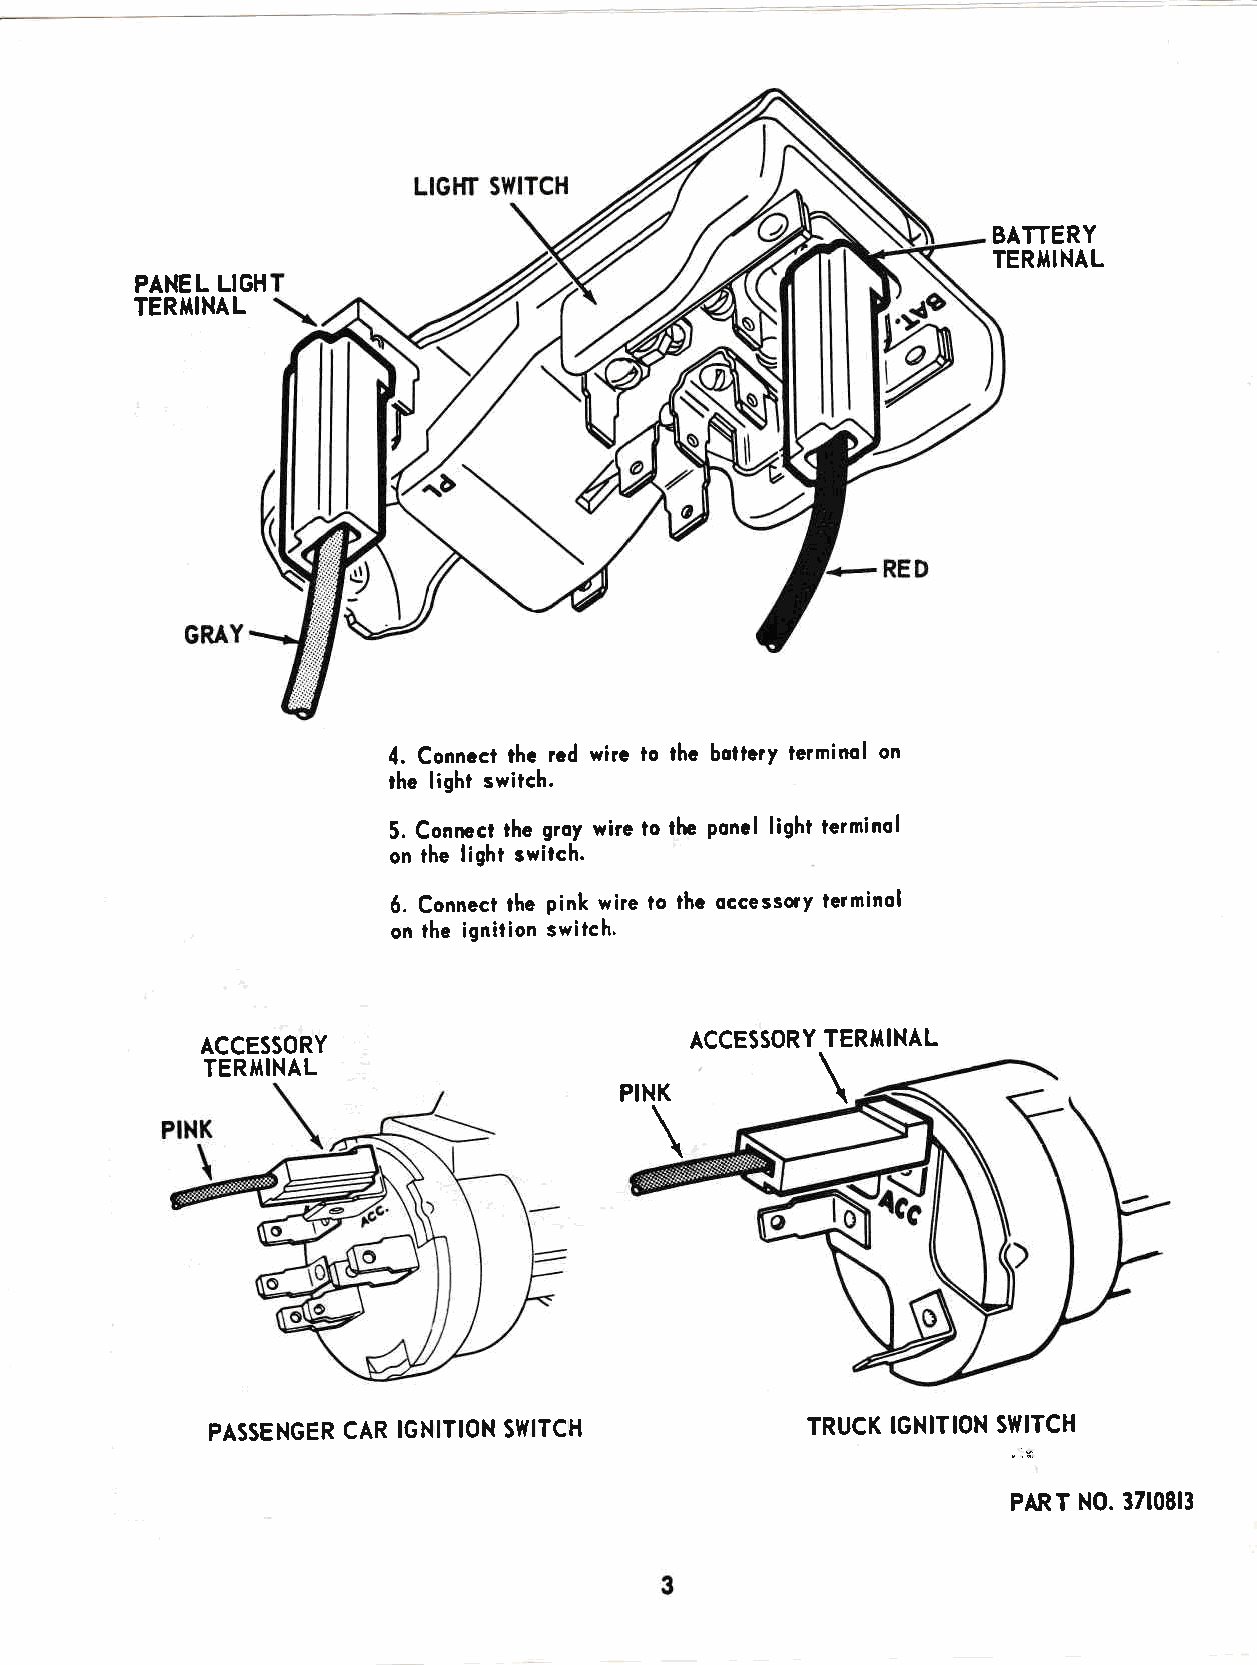
BATTERY
 TERIIINAL
 PANEL LIGH
 TERilNAL
 4. Conncct thc rcd wire lo ihc boitcry lerminol on
 rhe light switch.
 5. Conmcr the groy wire lo the poncl light terminol
 on the light switch.
 6. Conneci ihe pink wire to lhe occessory terminol
 on the ignilion switch.
 ACCESSORY                        ACCESSORY TERITINAL
 TERI,IINAL
 \
 PINK
 \
 PASSENGER CAR IGNITION SIYITCH         TRUCK IGN!TlON SWITCH
 ,lts
 PART N0. 3710813